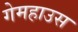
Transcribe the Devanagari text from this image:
गेमहाउस